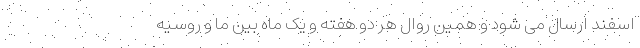
اسفند ارسال می شود و همین روال هر دو هفته و یک ماه بین ما و روسیه